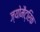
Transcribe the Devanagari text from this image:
ज्योमैट्रिक